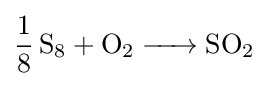
{\ce {1/8 S8 + O2 -> SO2}}